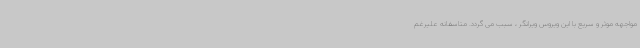
مواجهه موثر و سریع با این ویروس ویرانگر ، سبب می گردد. متاسفانه علیرغم